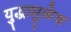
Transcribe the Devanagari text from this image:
युद्धामुळेच